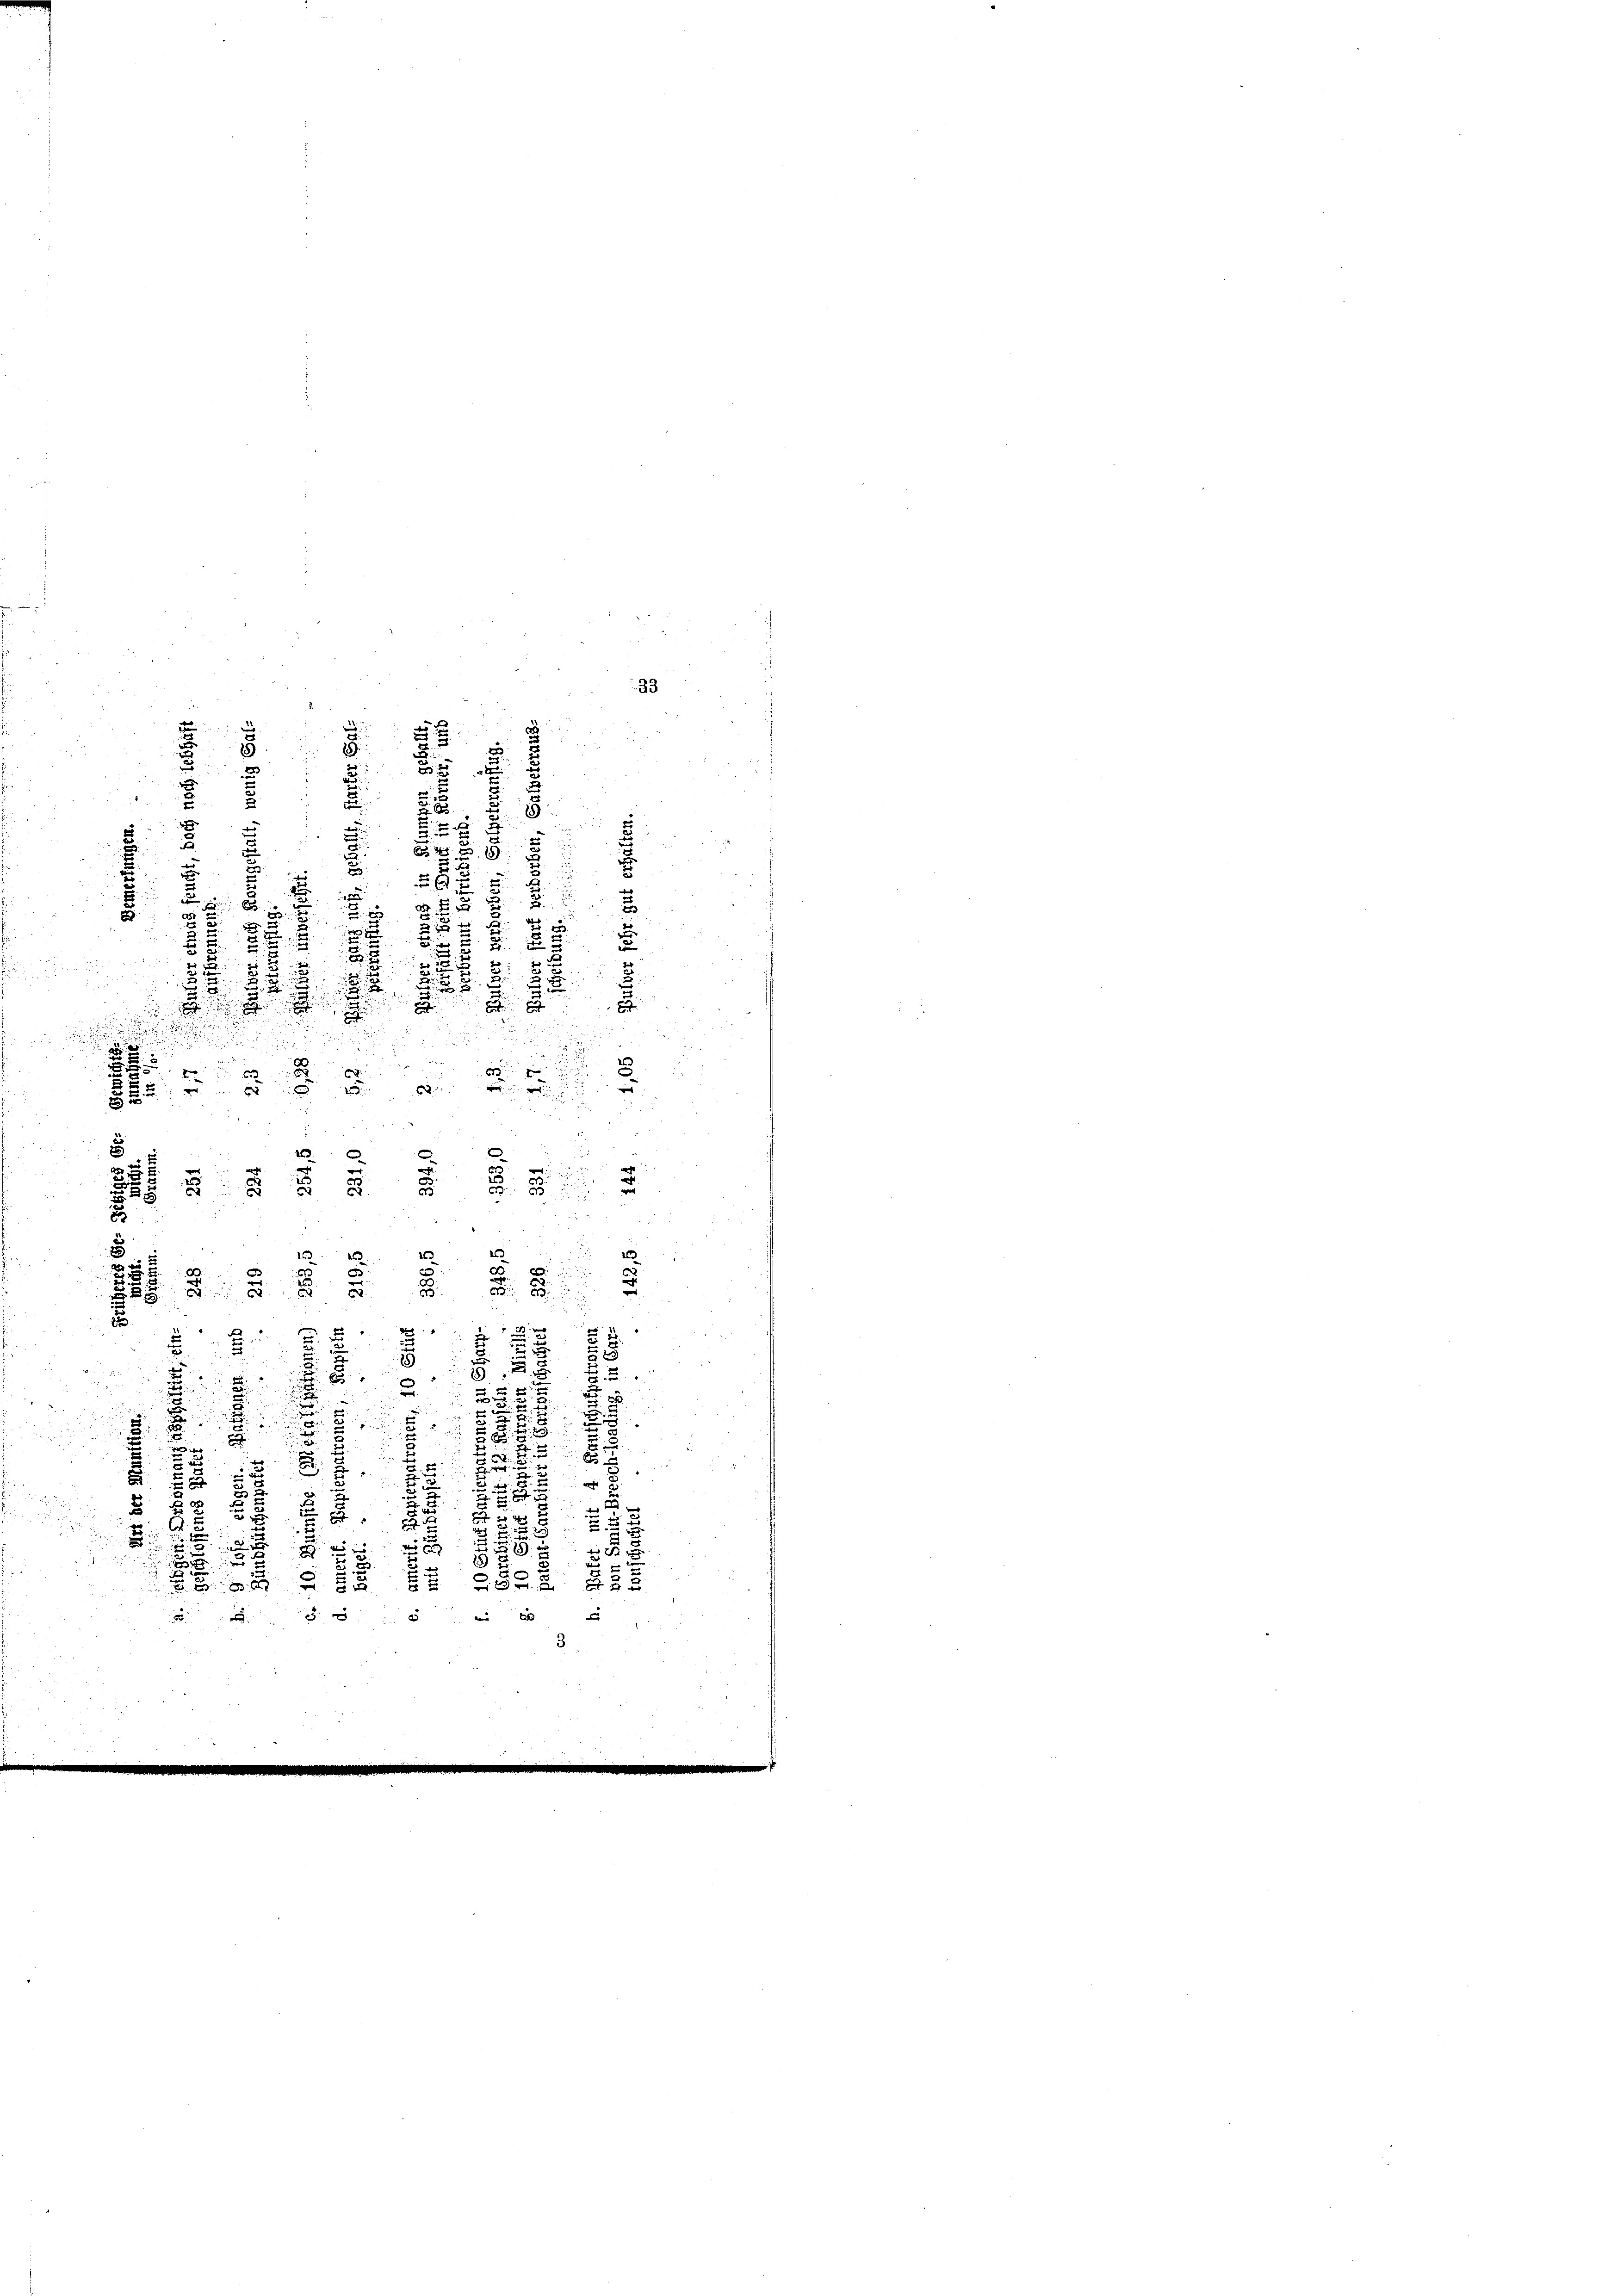
.
pr

.

22
2
a
i
.
.

.
.

33

5
.
e
 x 2
a

u

.
2

5
5
2
2
u

 x x
2

t

.
x

.
2

.

e
n

.

x
.

u

d
6

.
d
f
2

2
8
e

2
2
5

8
 20 x
2
u
x
.

n
.
2
588
 6.

2
d
28
d
e

.
d
n
2

5
2
8

2

8
28
2

u

82

.
 xx
.

8
u

2
x
d
aber
¬

5

7
x
E

i
2 x

5

8
3
u

2
x
f 8 x

8
d
.
d
 28
3.  "
d
3